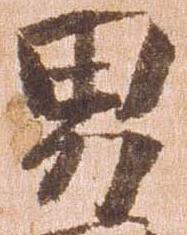
男